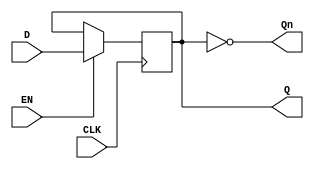
module edge_triggered_gated_latch (
    input wire D,        // Data input
    input wire EN,       // Enable signal
    input wire CLK,      // Clock signal
    output reg Q,        // Output Q
    output wire Qn       // Complement of Q
);

    // Complement of Q
    assign Qn = ~Q;

    // Edge-triggered behavior
    always @(posedge CLK) begin
        if (EN) begin
            Q <= D;  // Capture D when EN is high on the rising edge of CLK
        end
        // If EN is low, Q retains its previous value (no action taken)
    end

endmodule